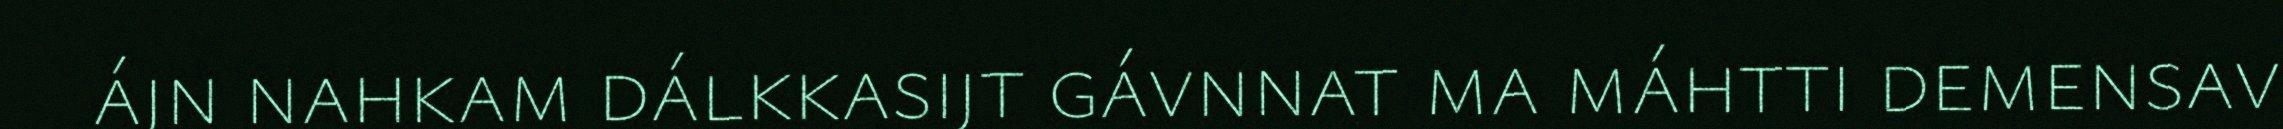
ájn nahkam dálkkasijt gávnnat ma máhtti demensav